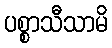
ပစ္စာသီသာမိ